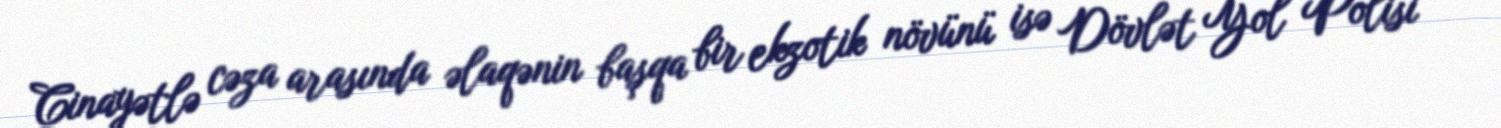
Cinayətlə cəza arasında əlaqənin başqa bir ekzotik növünü isə Dövlət Yol Polisi